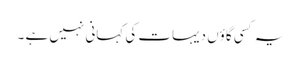
یہ کسی گاؤں دیہات کی کہانی نہیں ہے ۔